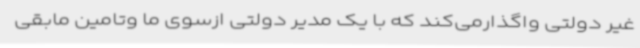
غیر دولتی واگذارمی‌کند که با یک مدیر دولتی ازسوی ما وتامین مابقی